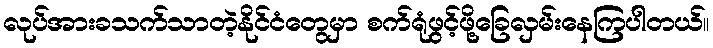
လုပ်အားခသက်သာတဲ့နိုင်ငံတွေမှာ စက်ရုံဖွင့်ဖို့ခြေလှမ်းနေကြပါတယ်။